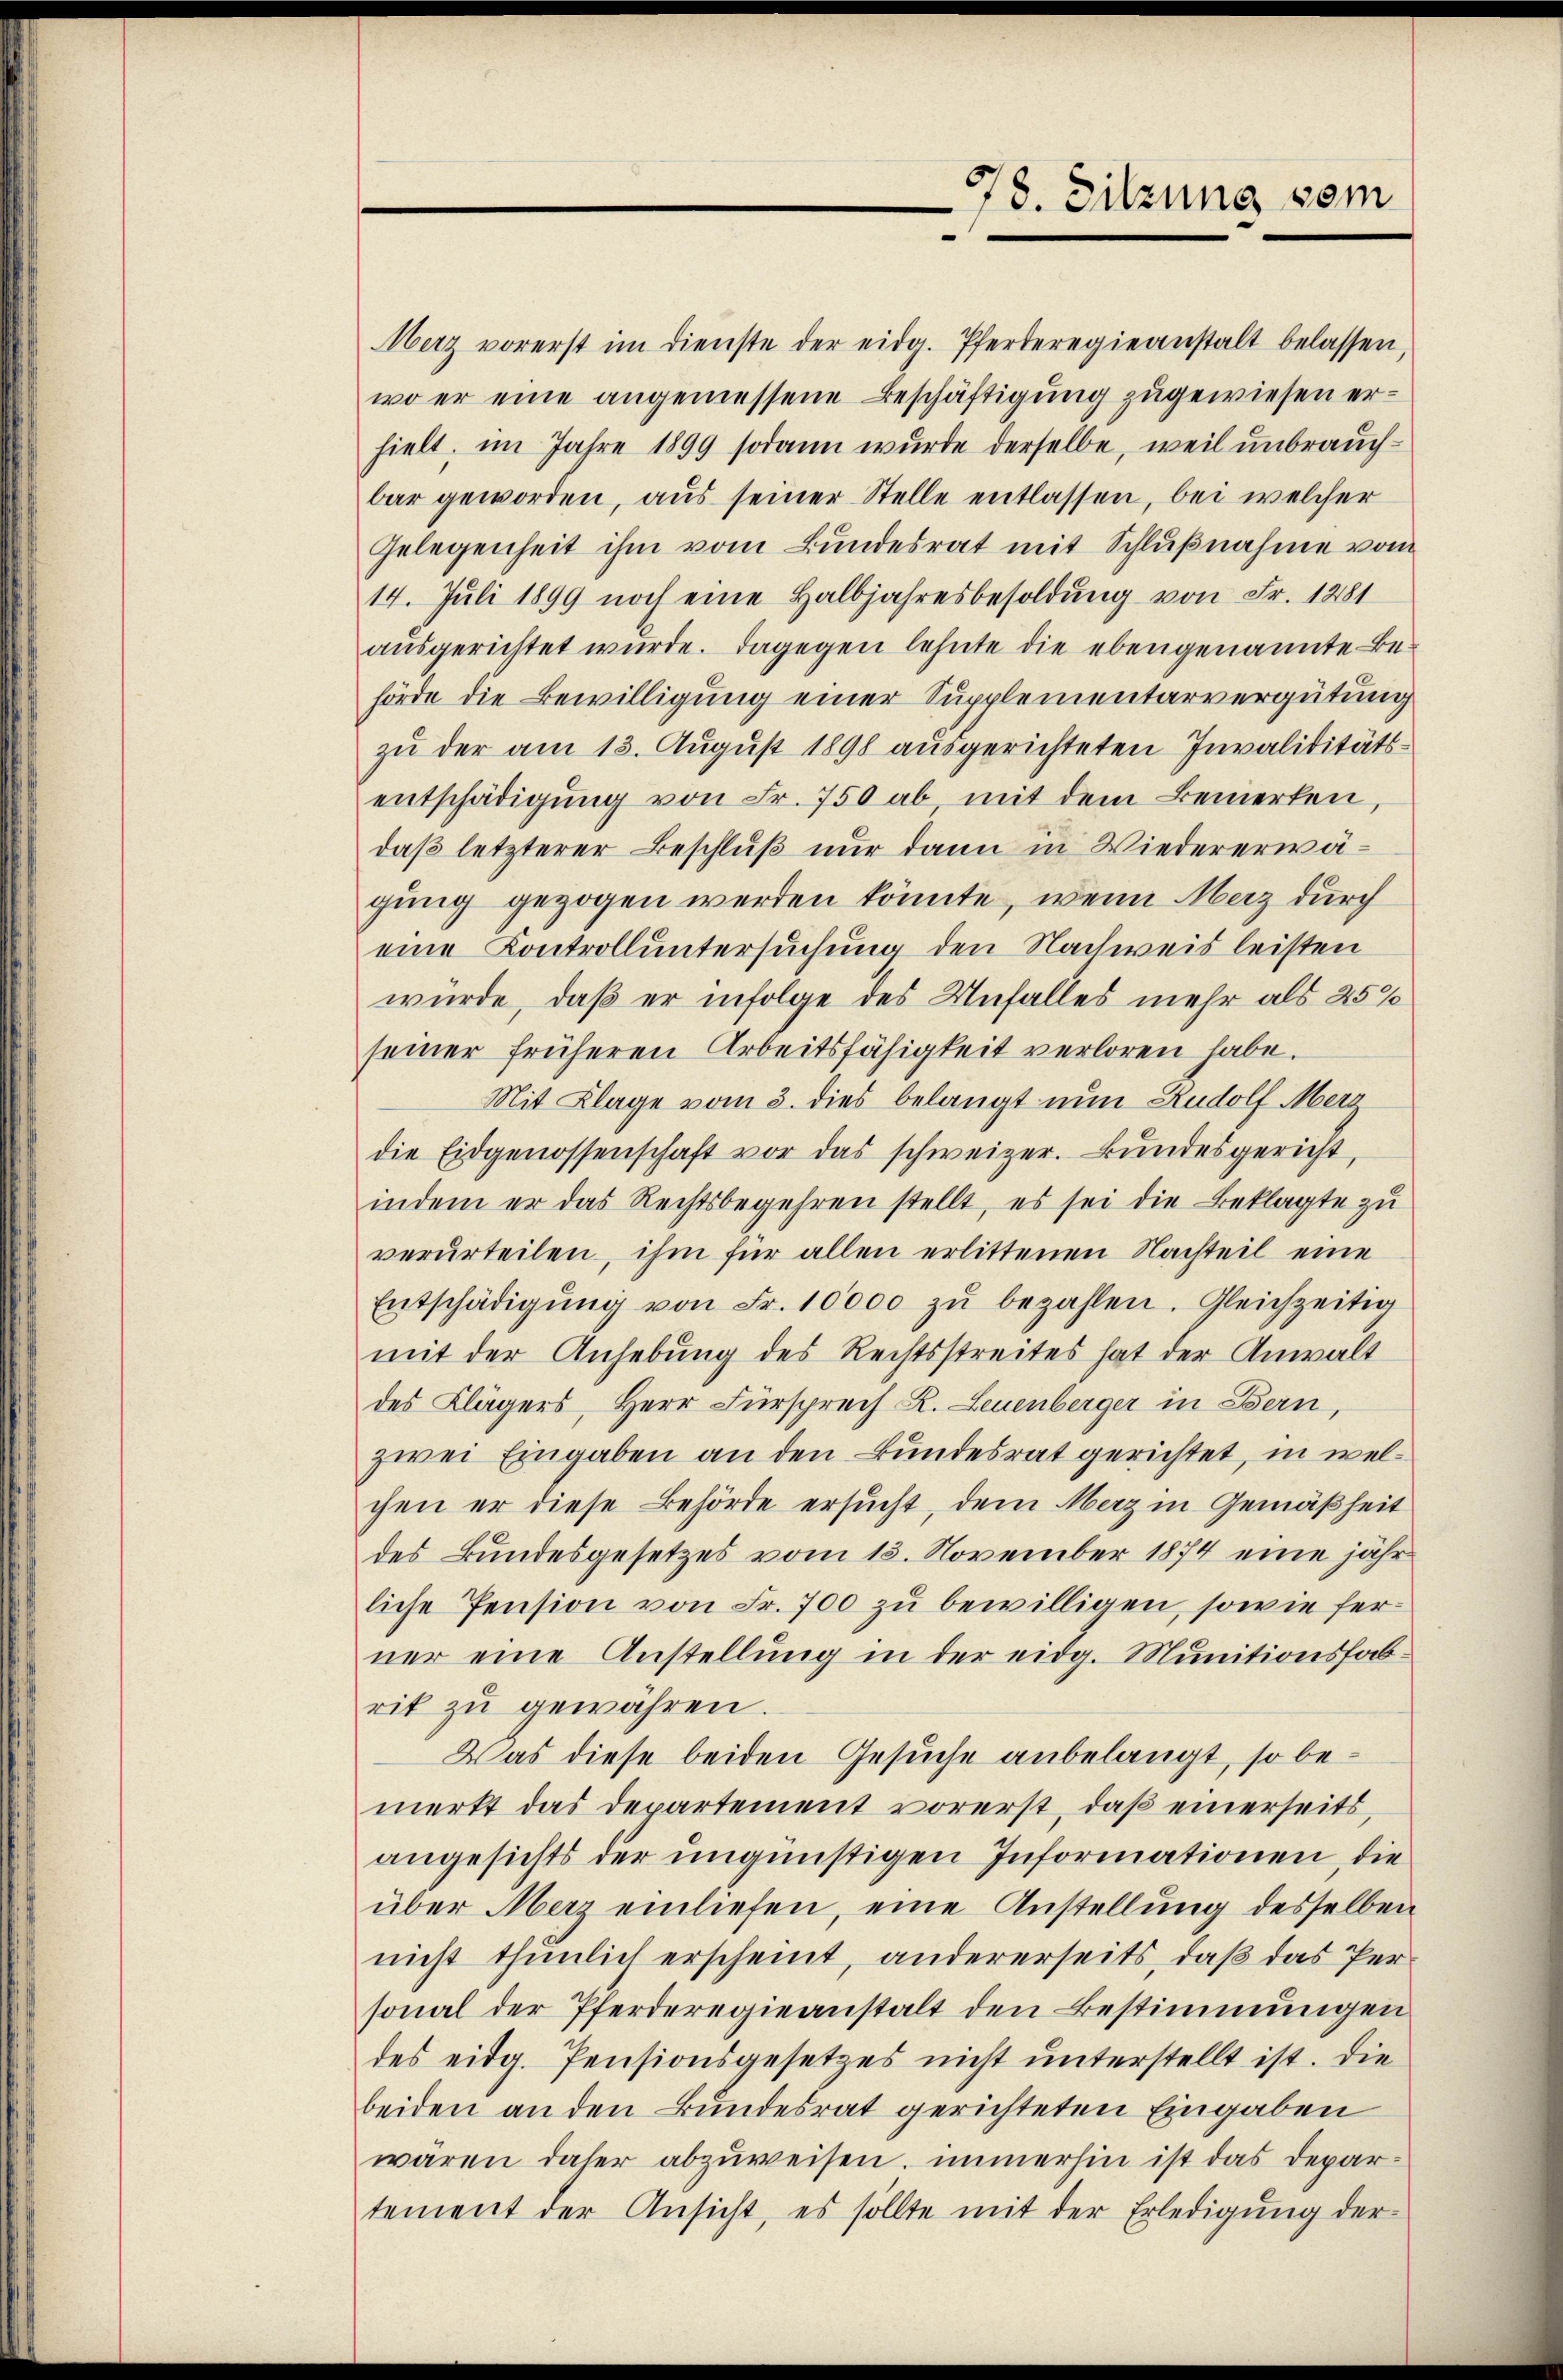
78. Sitzung vom

Merz vorerst im dienste der eidg. Pferteregieanstalt belassen,
wo er eine angemessene Beschäftigung zugewiesen erhielt, im Jahre 1899 sodann wurde derselbe, weil unbrauch-
bar geworden, aus seiner Stelle entlassen, bei welcher
Gelegenheit ihm vom Bundesrat mit Schlußnahme vom
14. Juli 1899 noch eine Halbjahresbesoldŭng von Fr. 1281
ausgerichtet wurde. Dagegen lehnte die ebengenannte Behörde die Bewilligung einer Supplementarvergütung
zu der am 13. August 1898 ausgerichteten Invaliditätsentschädigŭng von Fr. 750 ab mit dem Bemerken,
daß letzterer Beschluß nur dann in Wiedererwägung gezogen werden könnte, wenn Merz durch
eine Kontroll untersuchung den Nachweis leisten
würde, daß er infolge des Unfalles mehr als 25%
seiner früheren Arbeitsfähigkeit verloren habe.
Mit Klage vom 3. dies belangt nun Rudolf Merz
die Eidgenossenschaft vor das schweizer. Bŭndesgericht,
indem er das Rechtsbegehren stellt, es sei die Beklagte zu
verurteilen, ihm für allen erlittenen Nachteil eine
Entschädigŭng von Fr. 10000 zŭ bezahlen. Gleichzeitig
mit der Anhebung des Rechtsstreites hat der Anwalt
des Klägers, Herr Fürsprech K. Leuenberger in Bern,
zwei Eingaben an den Bundesrat gerichtet, in welchen er diese Behörde ersucht, dem Merz in Gemäßheit
des Bundesgesetzes vom 15. November 1874 eine jähr
liche Pension von Fr. 700 zu bewilligen, sowie ferner eine Anstellung in der eidg. Munitionsfabrit zŭ gewähren.
Was diese beiden Gesuche anbelangt, so bemerkt das Departement vorerst, daß einerseits,
angesichts der ungünstigen Informationen, die
über Merz einliefen, eine Anstellung desselben
nicht thunlich erscheint, andererseits, daß das Personal der Pferderegieanstalt den Bestimmungen
des eidg. Pensionsgesetzes nicht unterstellt ist. Die
beiden an den Bundesrat gerichteten Eingaben
waren daher abzuweisen, immerhin ist das Departement der Ansicht, es sollte mit der Erledigung der